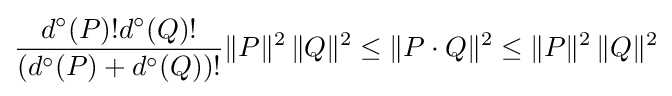
{\frac {d^{\circ }(P)!d^{\circ }(Q)!}{(d^{\circ }(P)+d^{\circ }(Q))!}}\|P\|^{2}\,\|Q\|^{2}\leq \|P\cdot Q\|^{2}\leq \|P\|^{2}\,\|Q\|^{2}